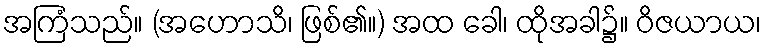
အကြံသည်။ (အဟောသိ၊ ဖြစ်၏။) အထ ခေါ၊ ထိုအခါ၌။ ဝိဇယာယ၊